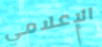
الإعلامي